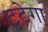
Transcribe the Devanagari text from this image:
टुटेगा